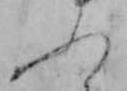
ふ